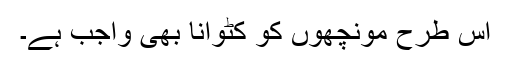
اس طرح مونچھوں کو کٹوانا بھی واجب ہے۔